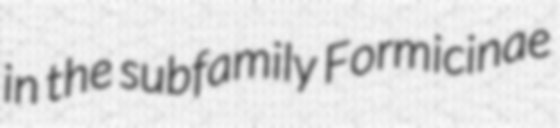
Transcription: in the subfamily Formicinae